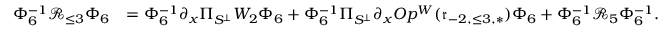
\begin{array} { r l } { \Phi _ { 6 } ^ { - 1 } \mathcal { R } _ { \le 3 } \Phi _ { 6 } } & { = \Phi _ { 6 } ^ { - 1 } \partial _ { x } \Pi _ { S ^ { \perp } } W _ { 2 } \Phi _ { 6 } + \Phi _ { 6 } ^ { - 1 } \Pi _ { S ^ { \perp } } \partial _ { x } O p ^ { W } ( \mathfrak { r } _ { - 2 , \le 3 , * } ) \Phi _ { 6 } + \Phi _ { 6 } ^ { - 1 } \mathcal { R } _ { 5 } \Phi _ { 6 } ^ { - 1 } . } \end{array}